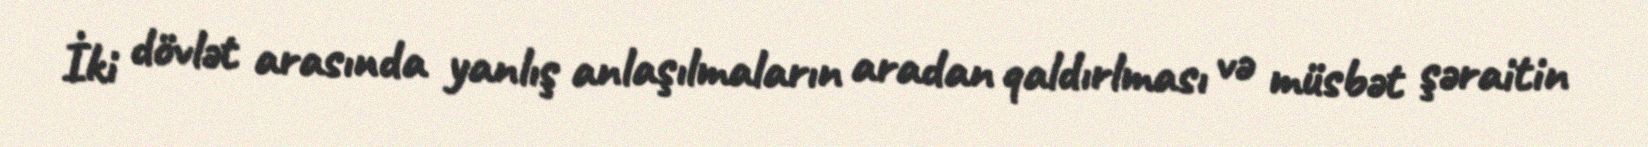
İki dövlət arasında yanlış anlaşılmaların aradan qaldırlması və müsbət şəraitin